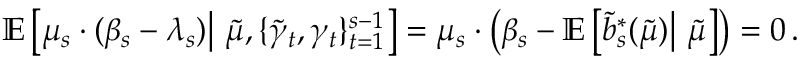
\begin{array} { r } { \mathbb { E } \left[ \mu _ { s } \cdot ( \beta _ { s } - \lambda _ { s } ) \big | \ \tilde { \mu } , \{ \tilde { \gamma } _ { t } , \gamma _ { t } \} _ { t = 1 } ^ { s - 1 } \right] = \mu _ { s } \cdot \left( \beta _ { s } - \mathbb { E } \left[ \tilde { b } _ { s } ^ { * } ( \tilde { \mu } ) \big | \ \tilde { \mu } \right] \right) = 0 \, . } \end{array}